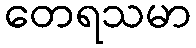
တေရသမာ